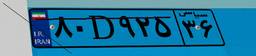
۸۰D۹۲۵۳۶